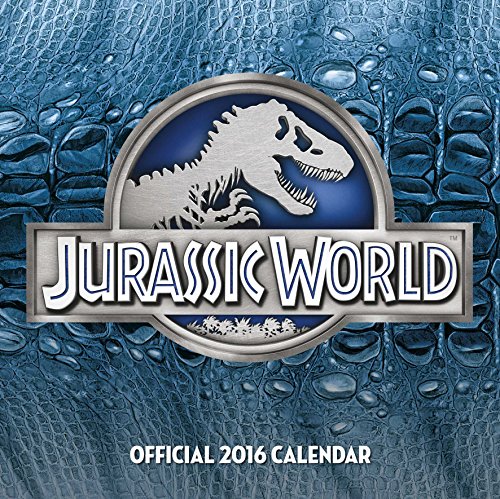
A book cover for The Official Jurassic World 2016 Square Calendar; Calendars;